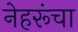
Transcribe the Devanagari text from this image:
नेहरूंचा